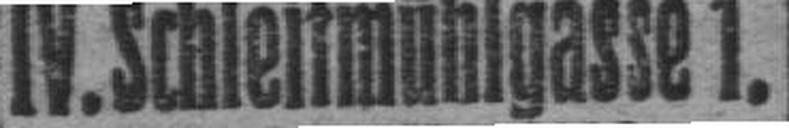
IV. Schleifmühlgasse 1.